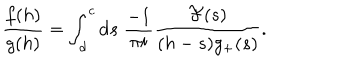
LaTeX: \frac { f ( h ) } { g ( h ) } = \int _ { d } ^ { c } \mathrm { d } s \; \frac { - 1 } { \pi i } \frac { { \cal F } ( s ) } { ( h - s ) g _ { + } ( s ) } .